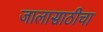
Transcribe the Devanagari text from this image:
जालासाठीचा